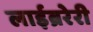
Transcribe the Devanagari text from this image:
लाईब्ररेरी